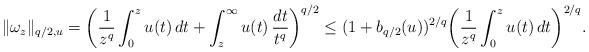
LaTeX: \begin{align*}\|\omega_z\|_{q/2,u}=\bigg(\frac1{z^q}\int_0^zu(t)\,dt+\int_z^\infty u(t)\,\frac{dt}{t^q}\bigg)^{q/2}\le(1+b_{q/2}(u))^{2/q}\bigg( \frac1{z^q}\int_0^zu(t)\,dt\bigg)^{2/q}.\end{align*}